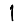
Digit: 1